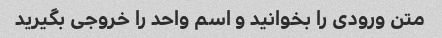
متن ورودی را بخوانید و اسم واحد را خروجی بگیرید